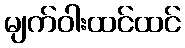
မျက်ဝါးထင်ထင်